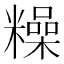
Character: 𥼾